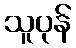
သူပုန်